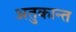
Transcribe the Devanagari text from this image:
अतुकान्त